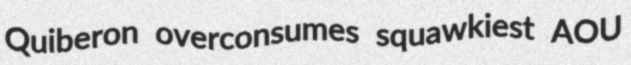
Quiberon overconsumes squawkiest AOU